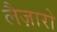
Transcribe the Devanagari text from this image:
लैज़ारो